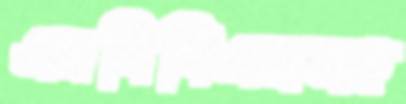
এমবিবিএসসহ